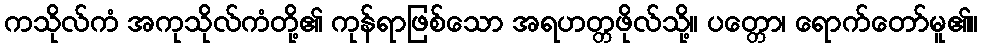
ကသိုလ်ကံ အကုသိုလ်ကံတို့၏ ကုန်ရာဖြစ်သော အရဟတ္တဖိုလ်သို့။ ပတ္တော၊ ရောက်တော်မူ၏။